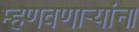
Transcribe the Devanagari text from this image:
म्हणवणार्‍यांना